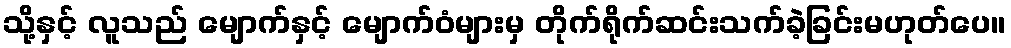
သို့နှင့် လူသည် မျောက်နှင့် မျောက်ဝံများမှ တိုက်ရိုက်ဆင်းသက်ခဲ့ခြင်းမဟုတ်ပေ။